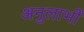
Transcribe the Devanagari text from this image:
अनुलाभों